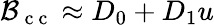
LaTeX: {\cal B}_{\mathrm{~c~c~}}\approx D_{0}+D_{1}u